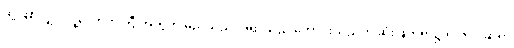
သို့ဖြစ်လျှင် လူ့လောကကြီးအတွက် မည်သည့် အရာသည် ကောင်းသည်ဟု ဆုံးဖြတ်ရာ၌ ရာဇဝင်ဆရာ